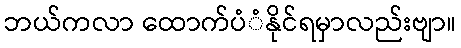
ဘယ်ကလာ ထောက်ပံံနိုင်ရမှာလည်းဗျာ။